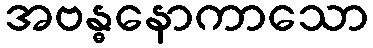
အဗန္ဓနောကာသော